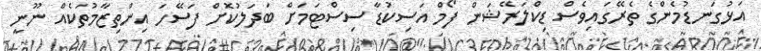
އަޅުގަނޑުމެންގެ ތެރޭގައިވެސް ޑިކްލަރޭޝަން ފޯމް އަސިކުޑާ ސިސްޓަމަށް ބަދަލުކޮށް ފަސޭހަ އިންތިޒާމުތަކެއް ނޫނީ